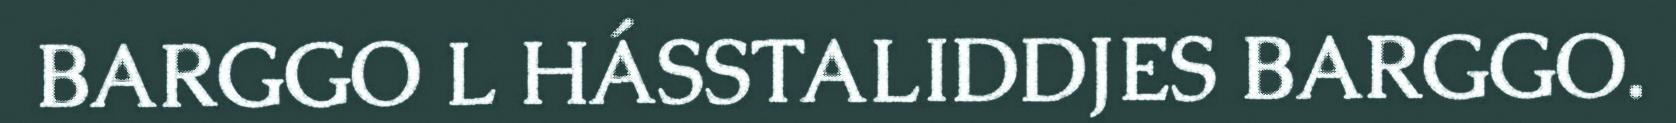
BARGGO L HÁSSTALIDDJES BARGGO.